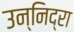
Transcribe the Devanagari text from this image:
उन्निद्रा